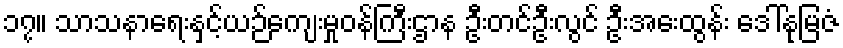
၁၇။ သာသနာရေးနှင့်ယဉ်ကျေးမှုဝန်ကြီးဌာန ဦးတင်ဦးလွင် ဦးအေးထွန်း ဒေါ်နုမြဇံ